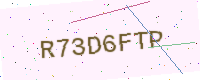
Text: R73D6FTP